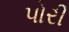
પોરી